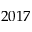
2 0 1 7